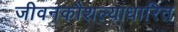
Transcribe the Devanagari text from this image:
जीवनकौशल्याधारित